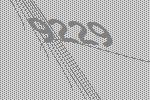
9229